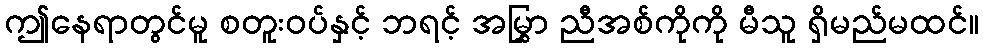
ဤနေရာတွင်မူ စတူးဝပ်နှင့် ဘရင့် အမြွှာ ညီအစ်ကိုကို မီသူ ရှိမည်မထင်။